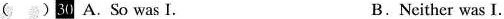
()30 A.So was I. B.Ncither was I.